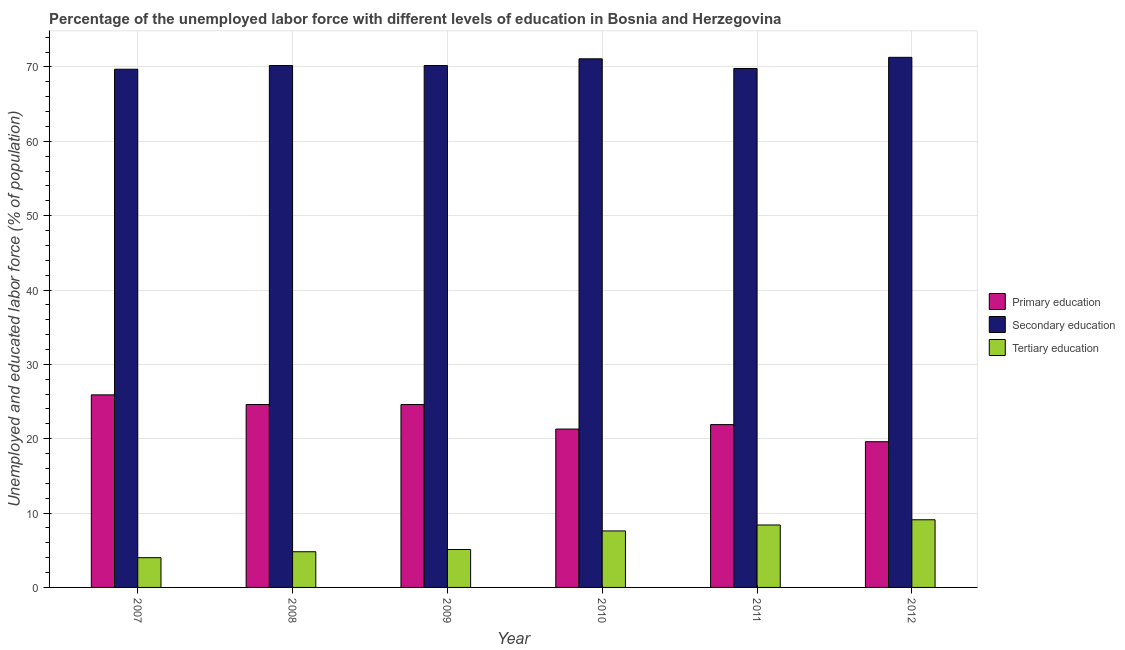
| Year | Primary education | Secondary education | Tertiary education |
 | --- | --- | --- | --- |
 | 2007 | 25.9 | 69.7 | 4 |
 | 2008 | 24.6 | 70.2 | 4.8 |
 | 2009 | 24.6 | 70.2 | 5.1 |
 | 2010 | 21.3 | 71.1 | 7.6 |
 | 2011 | 21.9 | 69.8 | 8.4 |
 | 2012 | 19.6 | 71.3 | 9.1 |